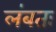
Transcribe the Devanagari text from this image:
लंबतः